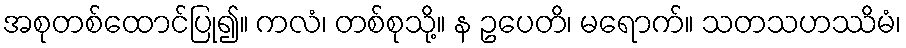
အစုတစ်ထောင်ပြု၍။ ကလံ၊ တစ်စုသို့။ န ဥပေတိ၊ မရောက်။ သတသဟဿိမံ၊